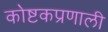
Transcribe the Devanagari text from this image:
कोष्टकप्रणाली